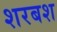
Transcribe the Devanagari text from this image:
शरबश